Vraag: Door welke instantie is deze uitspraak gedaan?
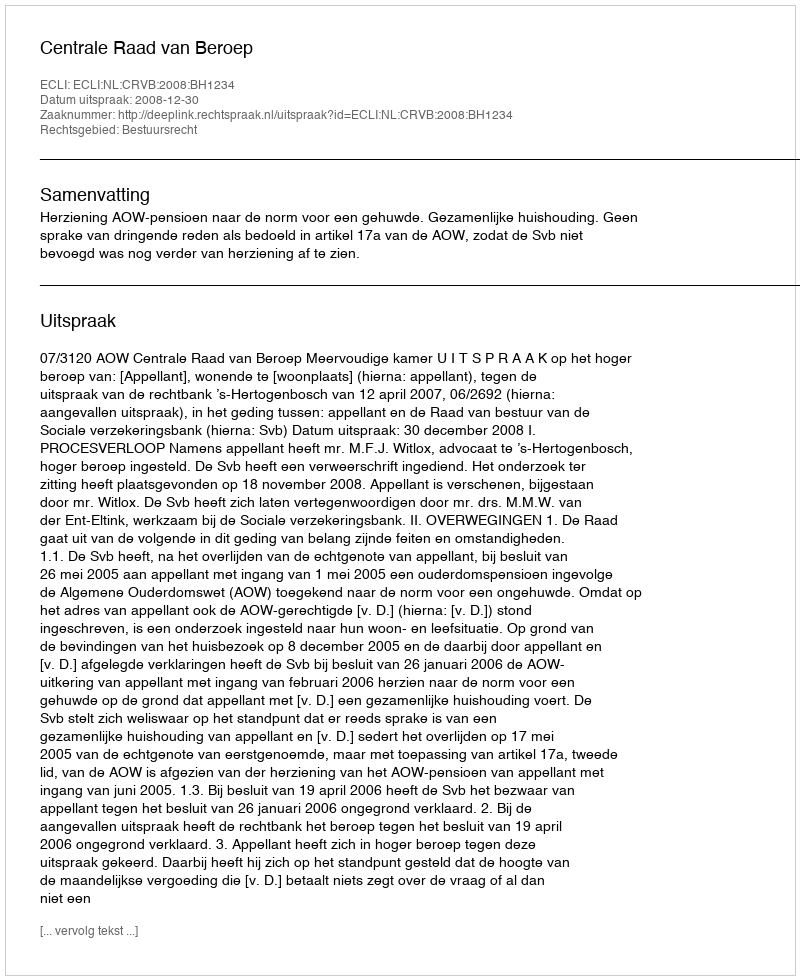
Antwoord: Centrale Raad van Beroep